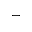
-